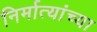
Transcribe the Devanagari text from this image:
निर्मात्यांच्या